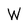
Character: w